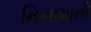
નિનામાની